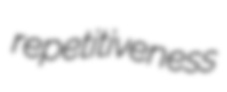
repetitiveness